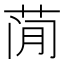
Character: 𰱇